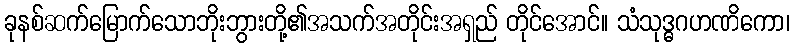
ခုနစ်ဆက်မြောက်သောဘိုးဘွားတို့၏အသက်အတိုင်းအရှည် တိုင်အောင်။ သံသုဒ္ဓဂဟဏိကော၊